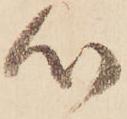
心